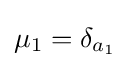
\mu _{1}=\delta _{a_{1}}